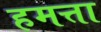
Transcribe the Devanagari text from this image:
हमत्ता